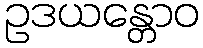
ဥဒယန္တောဝ